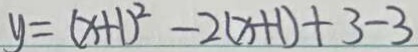
y = ( x + 1 ) ^ { 2 } - 2 ( x + 1 ) + 3 - 3